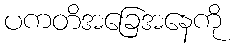
ပကတိအခြေအနေကို